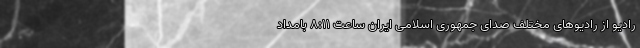
رادیو از رادیوهای مختلف صدای جمهوری اسلامی ایران ساعت 8:11 بامداد